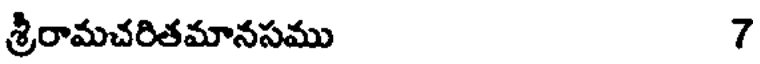
శ్రీరామచరితమానసము 7